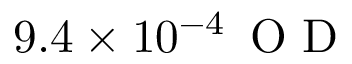
9 . 4 \times 1 0 ^ { - 4 } \, \mathrm { ~ O ~ D ~ }